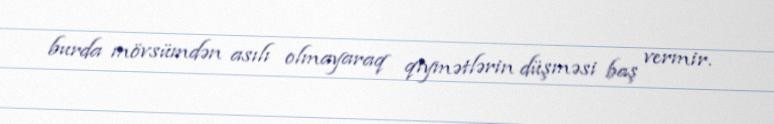
burda mövsümdən asılı olmayaraq qiymətlərin düşməsi baş vermir.